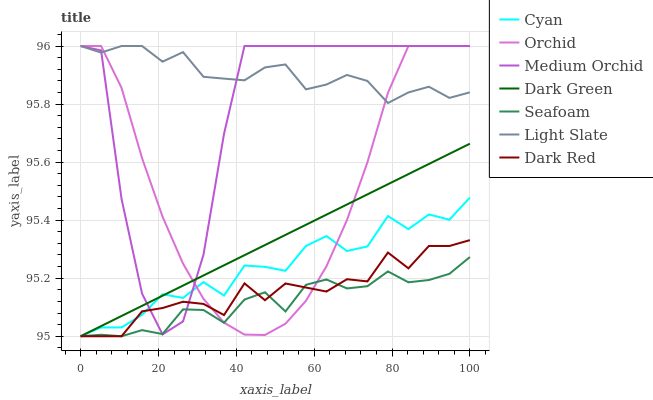
| xaxis_label | Cyan | Orchid | Medium Orchid | Dark Green | Seafoam | Light Slate | Dark Red |
 | --- | --- | --- | --- | --- | --- | --- | --- |
 | 0 | 95 | 96 | 96 | 95 | 95 | 96 | 95 |
 | 5.26 | 95 | 96 | 96 | 95 | 95 | 96 | 95 |
 | 10.5 | 95 | 95.9 | 95.5 | 95.1 | 95 | 96 | 95 |
 | 15.8 | 95.1 | 95.6 | 95.1 | 95.1 | 95 | 96 | 95.1 |
 | 21.1 | 95.1 | 95.4 | 95 | 95.1 | 95 | 95.9 | 95.1 |
 | 26.3 | 95.1 | 95.3 | 95.1 | 95.2 | 95.1 | 96 | 95.1 |
 | 31.6 | 95.2 | 95.1 | 95.3 | 95.2 | 95.1 | 95.9 | 95.1 |
 | 36.8 | 95.1 | 95 | 95.7 | 95.2 | 95 | 95.9 | 95.1 |
 | 42.1 | 95.2 | 95 | 96 | 95.3 | 95.1 | 95.9 | 95.2 |
 | 47.4 | 95.2 | 95 | 96 | 95.3 | 95.2 | 95.9 | 95.1 |
 | 52.6 | 95.2 | 95 | 96 | 95.3 | 95.1 | 95.9 | 95.2 |
 | 57.9 | 95.3 | 95.1 | 96 | 95.4 | 95.2 | 95.9 | 95.2 |
 | 63.2 | 95.3 | 95.2 | 96 | 95.4 | 95.2 | 95.9 | 95.2 |
 | 68.4 | 95.3 | 95.4 | 96 | 95.5 | 95.2 | 95.9 | 95.2 |
 | 73.7 | 95.3 | 95.6 | 96 | 95.5 | 95.2 | 95.9 | 95.2 |
 | 78.9 | 95.4 | 95.8 | 96 | 95.5 | 95.2 | 95.8 | 95.3 |
 | 84.2 | 95.4 | 96 | 96 | 95.6 | 95.2 | 95.8 | 95.2 |
 | 89.5 | 95.4 | 96 | 96 | 95.6 | 95.2 | 95.9 | 95.3 |
 | 94.7 | 95.4 | 96 | 96 | 95.6 | 95.2 | 95.8 | 95.3 |
 | 100 | 95.5 | 96 | 96 | 95.7 | 95.3 | 95.8 | 95.3 |